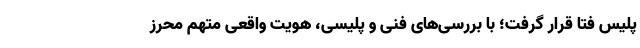
پلیس فتا قرار گرفت؛ با بررسی‌های فنی و پلیسی، هویت واقعی متهم محرز